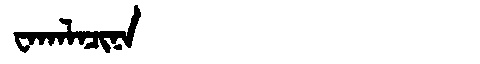
Manchu: ᠸᠠᡴᠠᠯᠠᠴᡳᠨᠠ
Romanization: WAKALACINA